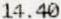
14.40